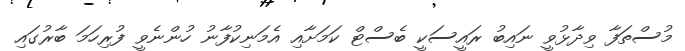
މުސްތަފާ ވިދާޅުވީ ނައިބު ރައީސަކީ ބެސްޓް ކަމަށާއި އެމަނިކުފާނު ހުންނެވީ ފުރިހަމަ ބާރުގައި